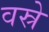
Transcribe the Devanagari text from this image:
वस्रे